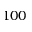
1 0 0